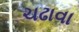
ચઢાવા